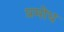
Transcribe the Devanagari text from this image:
प्रमोध